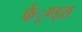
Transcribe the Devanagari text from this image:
फें्रण्ड्स